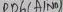
Text: PB6